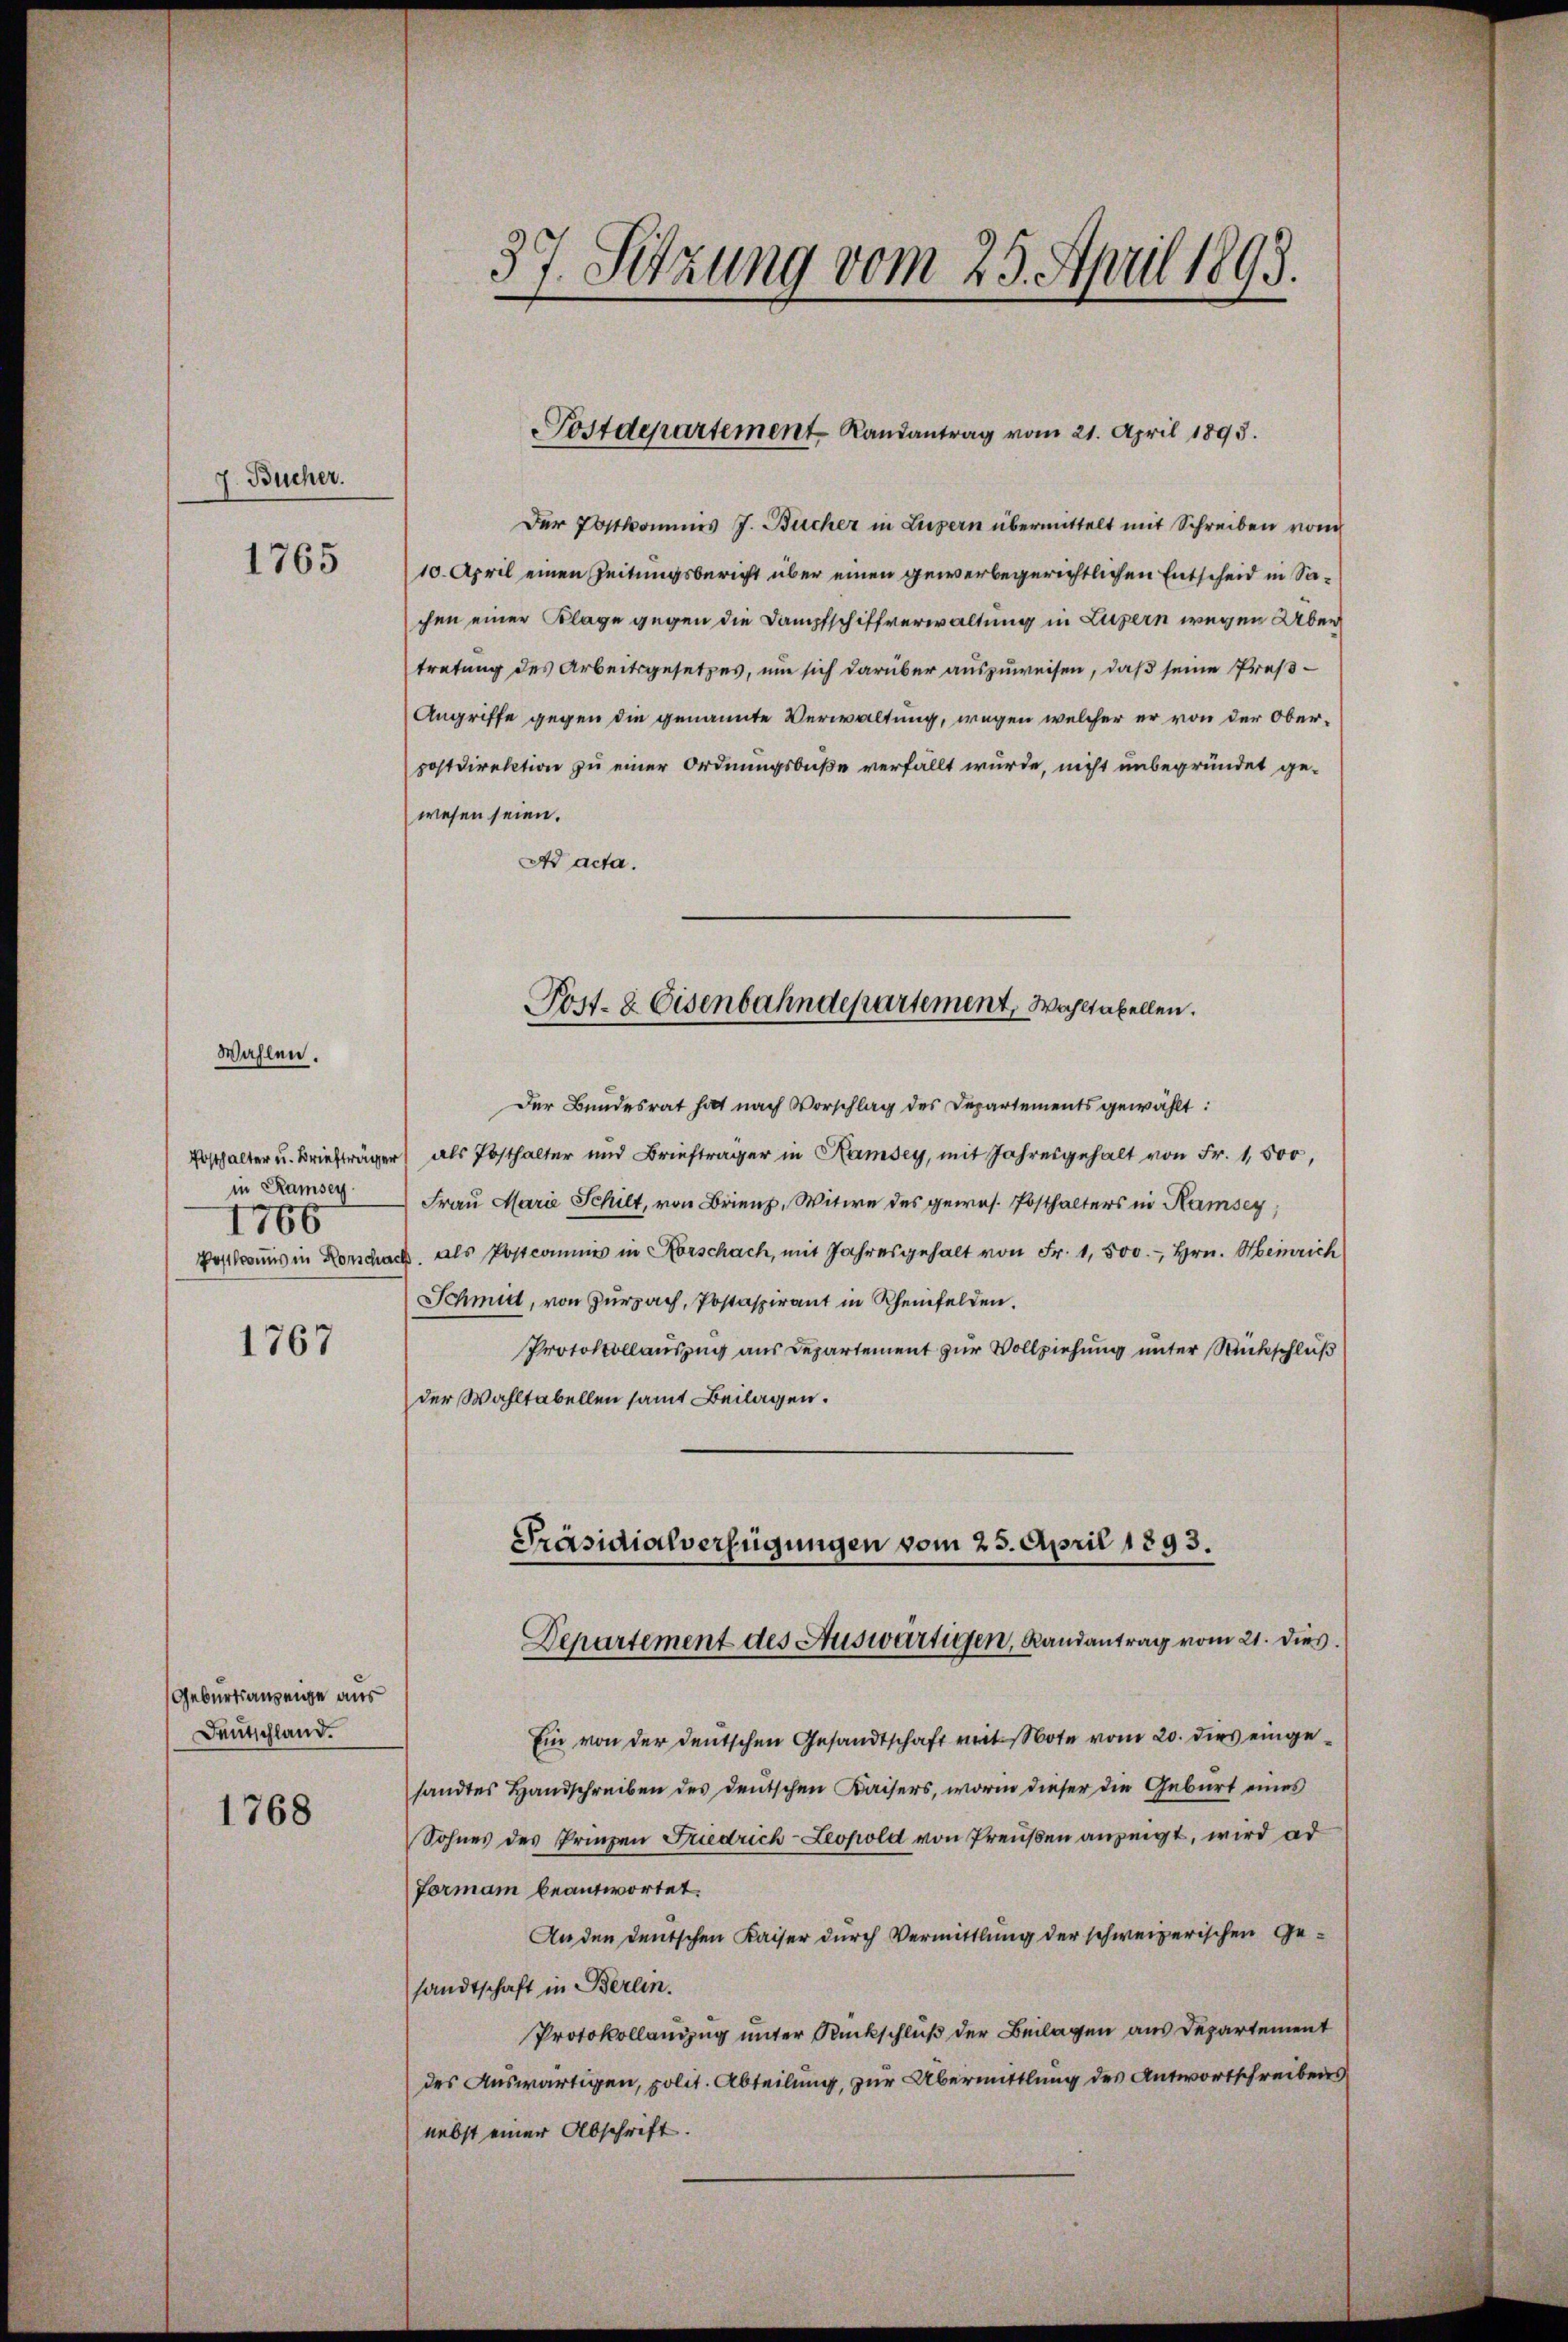
7. Bücher.

1765

Wahlen.

in Ramsey
1766

1767

Geburtsanzeige aus
Deutschland.

1768

37. Setzung vom 25. April 1893.

ostdepartement Landantrag vom 21. April 1893.

Der Postkommis J. Bücher in Luzern übermittelt mit Schreiben von
10. April einen Zeitungsbericht über einen gewerbegerichtlichen Entscheid in Sachen einer Klage gegen die Dampfschiffverwaltung in Luzern wegen Über
tretung des Arbeitsgesetzes, um sich darüber auszuweisen, daß seine Preß¬
Angriffe gegen die genannte Verwaltung, wegen welcher er von der Oberpostdirektion zu einer Ordnungsbuße verfällt wurde, nicht unbegründet ge-
wesen seien.
Ad acta.

Post- & Eisenbahndepartement, Wahltabellen.

Der Bundesrat hat nach Vorschlag des Departements gewählt:
Posthalter u. Briefträger als Posthalter und Briefträger in Ramsey, mit Jahresgehalt von Fr. 1,500,
Frau Marie Schilt, von Brienz, Witwe des gewes. Posthalters in Ramsey,
Postbrauns in Vorschach. als Postcommis in Horschach, mit Jahresgehalt von Fr. 1,500.- Hrn. Heinrich
Schmidt, von Zurzach, Postaspirant in Rheinfelden.
Protokollauszug aus Departement zur Vollziehung unter Rückschluß
der Wahltabellen samt Beilagen.

Präsidialverfügungen vom 25. April 1893.
Departement des Auswärtigen, Landantrag vom 21. dies

Ein von der deutschen Gesandtschaft mit Note vom 20. dies eingesandtes Handschreiben des deutschen Kaisers, worin dieser die Geburt eines
Sohnes des Prinzen Friedrich-Leopold von Preußen anzeigt, wird ad
Formann beantwortet.
An den deutschen Kaiser durch Vermittlung der schweizerischen Gesandtschaft in Berlin.
Protokollanzug unter Rückschluß der Beilagen aus Departement
des Auswärtigen, polit. Abteilung, zur Übermittlung des Antwortschreibens
nebst einer Abschrift.